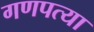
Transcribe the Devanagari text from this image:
गणपत्या